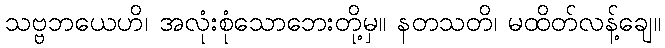
သဗ္ဗဘယေဟိ၊ အလုံးစုံသောဘေးတို့မှ။ နတသတိ၊ မထိတ်လန့်ချေ။